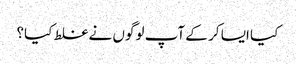
کیا ایسا کر کے آپ لوگوں نے غلط کیا؟